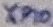
Text: XP10